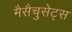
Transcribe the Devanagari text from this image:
मैसैचुसेट्स